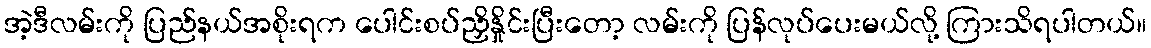
အဲ့ဒီလမ်းကို ပြည်နယ်အစိုးရက ပေါင်းစပ်ညှိနှိုင်းပြီးတော့ လမ်းကို ပြန်လုပ်ပေးမယ်လို့ ကြားသိရပါတယ်။